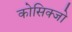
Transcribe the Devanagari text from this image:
कोसिक्जो